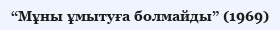
“Мұны ұмытуға болмайды” (1969)